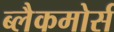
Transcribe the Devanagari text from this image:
ब्लैकमोर्स